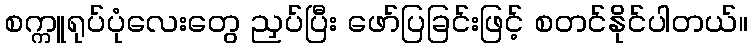
စက္ကူရုပ်ပုံလေးတွေ ညှပ်ပြီး ဖော်ပြခြင်းဖြင့် စတင်နိုင်ပါတယ်။